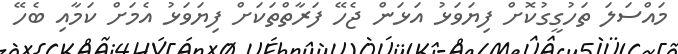
މައްސަލަ ތަހުގީގުކޮށް ފިޔަވަޅު އަޅަން ޖެހޭ ފަރާތްތަކަށް ފިޔަވަޅު އެމަށް ކަމާއި ބެހޭ